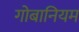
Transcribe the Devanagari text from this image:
गोबानियम